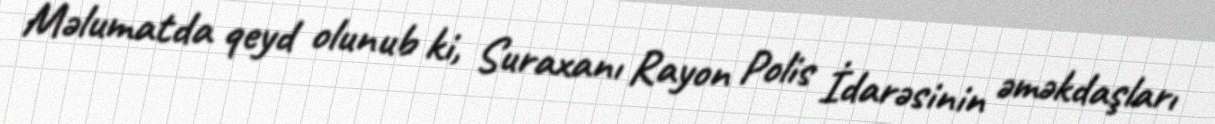
Məlumatda qeyd olunub ki, Suraxanı Rayon Polis İdarəsinin əməkdaşları